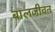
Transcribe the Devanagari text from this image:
बालजीवन